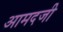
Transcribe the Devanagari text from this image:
आमदजी